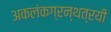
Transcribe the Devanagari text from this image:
अकलंकग्रन्थत्रयी